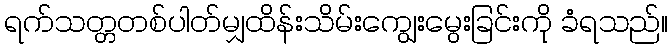
ရက်သတ္တတစ်ပါတ်မျှထိန်းသိမ်းကျွေးမွေးခြင်းကို ခံရသည်။